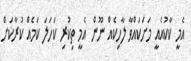
އެމީ ކާކުއެއީ މަށަކައްވާ ލާހިކެއް ނޫން އެމީ ތިކުރި ކަހަލަ ކަމެއް ކުރާކަށް